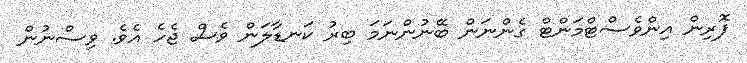
ފޮރިން އިންވެސްޓްމަންޓް ގެންނަން ބޭނުންނަމަ ބިރު ކަނޑާލަން ވެސް ޖެހެ އެވެ. ވިސްނުން